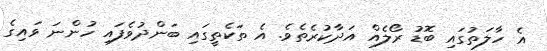
އެ ހާލަތުގައި ބޮޑު ރޯލެއް އަދާކުރެތެވެ. އެ ތަކެތީގައި ބަންދުވެފައި ހުންނަ ވައިގެ